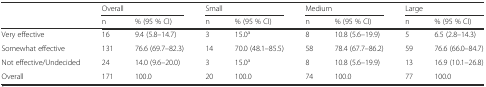
|  | <COLSPAN=2> Overall | <COLSPAN=2> Small | <COLSPAN=2> Medium | <COLSPAN=2> Large |
 |  | n | % (95 % CI) | n | % (95 % CI) | n | % (95 % CI) | n | % (95 % CI) |
 | --- | --- | --- | --- | --- | --- | --- | --- | --- |
 | Very effective | 16 | 9.4 (5.8–14.7) | 3 | 15.0a | 8 | 10.8 (5.6–19.9) | 5 | 6.5 (2.8–14.3) |
 | Somewhat effective | 131 | 76.6 (69.7–82.3) | 14 | 70.0 (48.1–85.5) | 58 | 78.4 (67.7–86.2) | 59 | 76.6 (66.0–84.7) |
 | Not effective/Undecided | 24 | 14.0 (9.6–20.0) | 3 | 15.0a | 8 | 10.8 (5.6–19.9) | 13 | 16.9 (10.1–26.8) |
 | Overall | 171 | 100.0 | 20 | 100.0 | 74 | 100.0 | 77 | 100.0 |